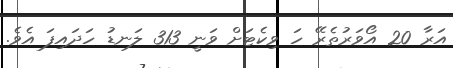
އަރާ 20 އޯވަރުތެރޭ ހަ ވިކެޓަށް ވަނީ 313 ލަނޑު ހަދައިފަ އެވެ.